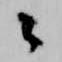
々